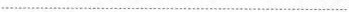
…………………………………………………………